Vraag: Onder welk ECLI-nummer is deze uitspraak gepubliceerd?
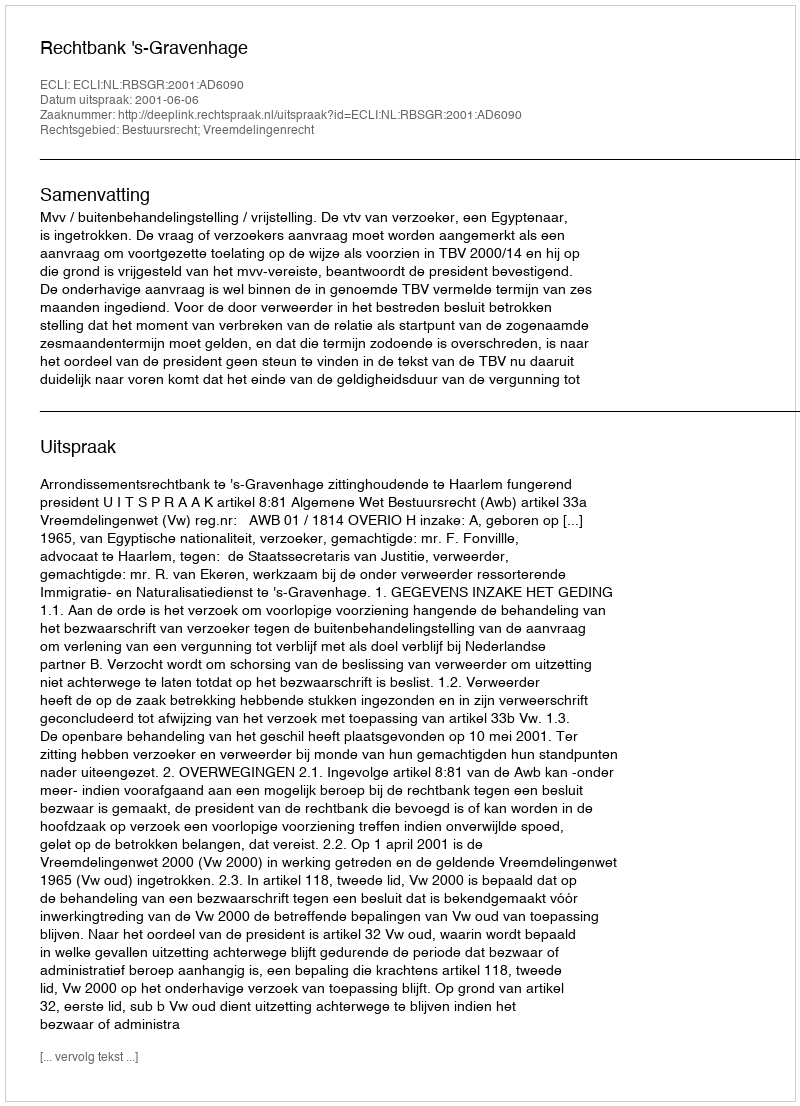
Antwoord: ECLI:NL:RBSGR:2001:AD6090